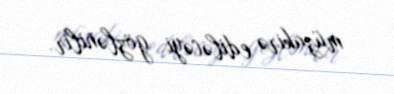
müzakirə ediləcəyi gözlənilir.